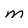
Character: M